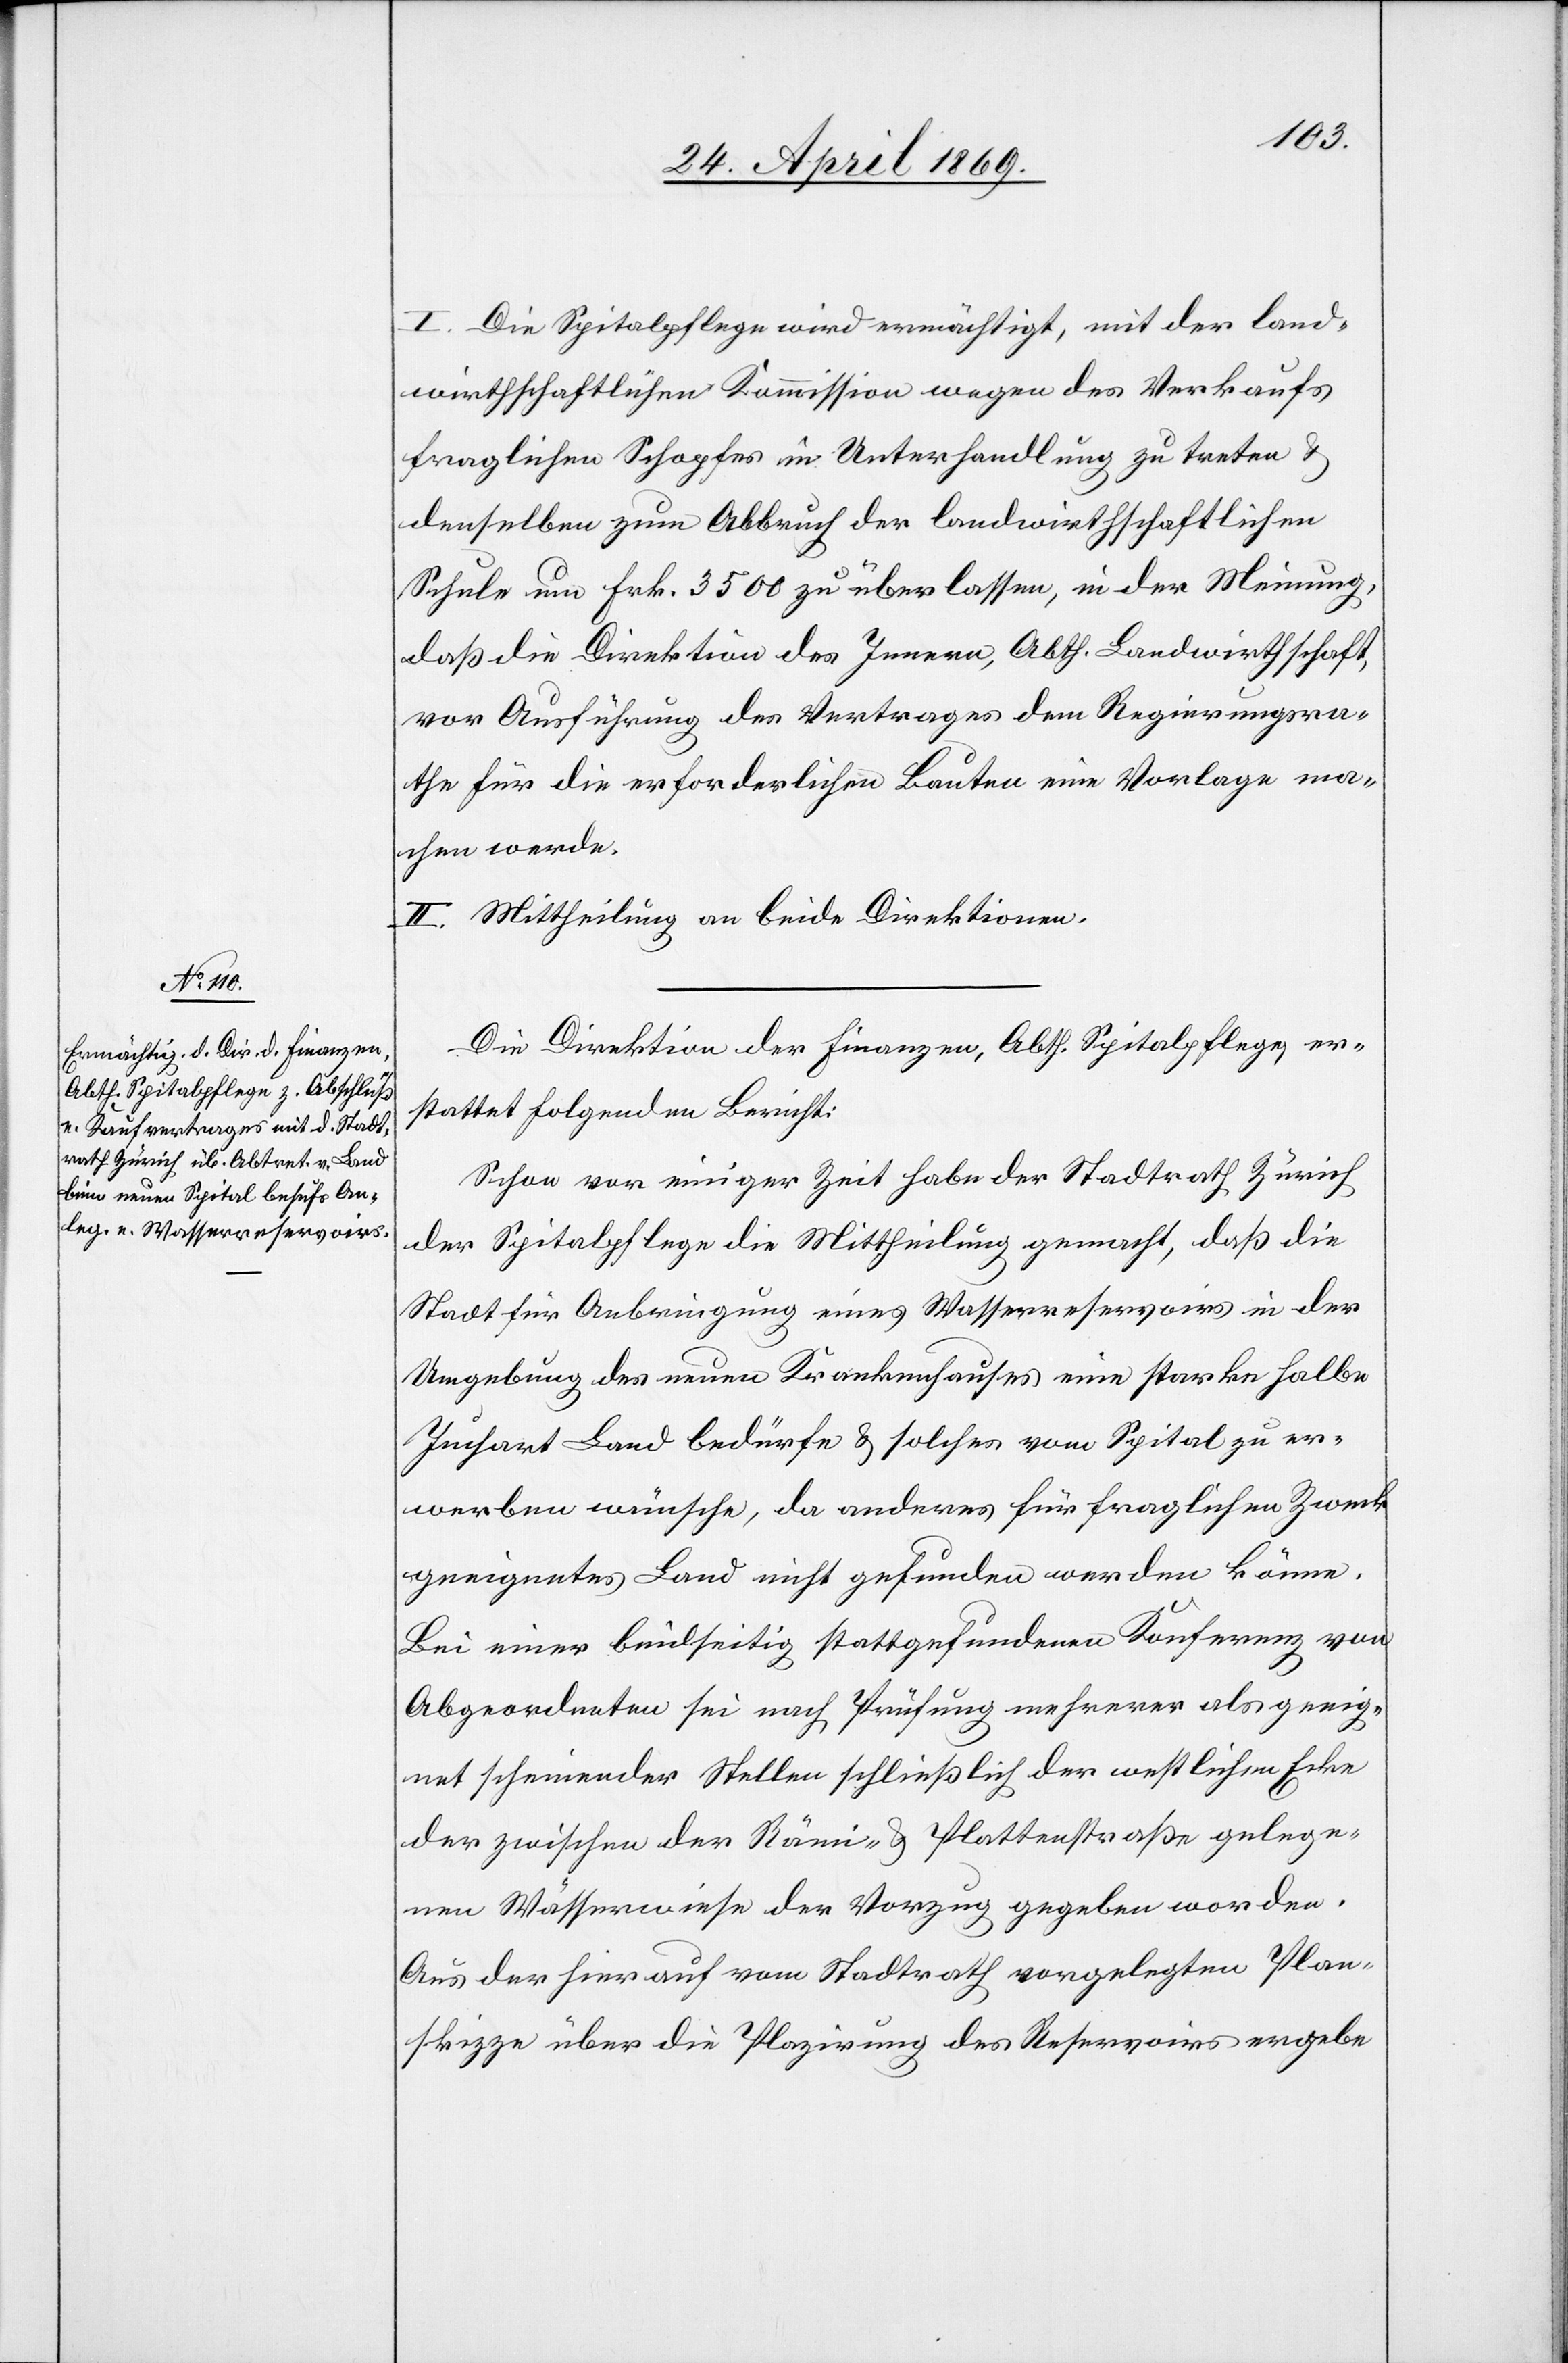
I. Die Spitalpflege wird ermächtigt, mit der land¬
wirthschaftlichen Kommission wegen des Verkaufs
fraglichen Schopfes in Unterhandlung zu treten u.
denselben zum Abbruch der landwirthschaftlichen
Schule um Frk. 3500 zu überlassen, in der Meinung,
daß die Direktion des Innern, Abth. Landwirthschaft,
von Ausführung des Vertrages dem Regierungsra¬
the für die erforderlichen Bauten eine Vorlage ma¬
chen würde.
II. Mittheilung an beide Direktionen.
Die Direktion der Finanzen, Abth. Spitalpflege, er¬
stattet folgenden Bericht:
Schon vor einiger Zeit habe der Stadtrath Zürich
der Spitalpflege die Mittheilung gemacht, daß die
Stadt für Anbringung eines Wasserreservoirs in der
Umgebung des neuen Krankenhauses eine starke halbe
Juchart Land bedürfe u. solches vom Spital zu er¬
werben wünsche, da anderes für fraglichen Zweck
geeignetes Land nicht gefunden werden könne.
Bei einer beidseitig stattgefundenen Konferenz von
Abgeordneten sei nach Prüfung mehrerer als geeig¬
net scheinender Stellen schließlich der westlichen Ecke
der zwischen der Rämi- u. Plattenstraße gelege¬
nen Wässerwiese der Vorzug gegeben worden.
Aus der hierauf vom Stadtrath vorgelegten Plan¬
skizze über die Plazirung des Reservoirs ergebe